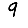
Digit: 9